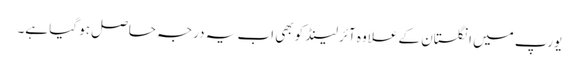
یورپ میں انگلستان کے علاوہ آئرلینڈ کو بھی اب یہ درجہ حاصل ہو گیا ہے۔